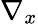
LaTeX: \nabla_{x}